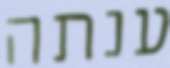
ענתה